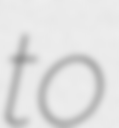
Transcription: to